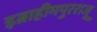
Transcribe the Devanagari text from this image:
इब्राहीमपुरराजू